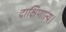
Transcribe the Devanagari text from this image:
दाक्षिणात्य।